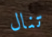
تنال